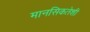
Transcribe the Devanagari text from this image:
मानसिकतेशी